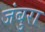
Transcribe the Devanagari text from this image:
जंबुरा